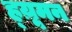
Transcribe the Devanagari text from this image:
ह्य़ूमन